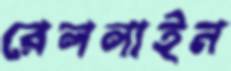
রেললাইন